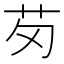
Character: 𫇬